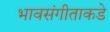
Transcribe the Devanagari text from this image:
भावसंगीताकडे